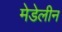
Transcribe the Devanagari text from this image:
मेडेलीन